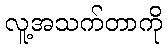
လူ့အသက်တာကို